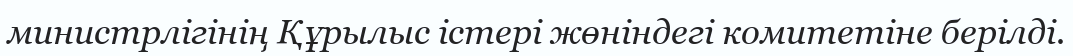
министрлігінің Құрылыс істері жөніндегі комитетіне берілді.